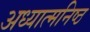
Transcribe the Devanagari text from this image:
अध्यात्मनिष्ठ